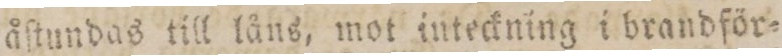
åſtundas till låns, mot inteckning i brandför=